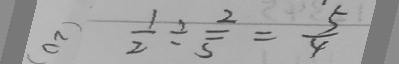
\frac { 1 } { 2 } \div \frac { 2 } { 5 } = \frac { 5 } { 4 }